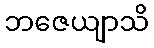
ဘဇေယျာသိ